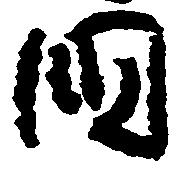
国